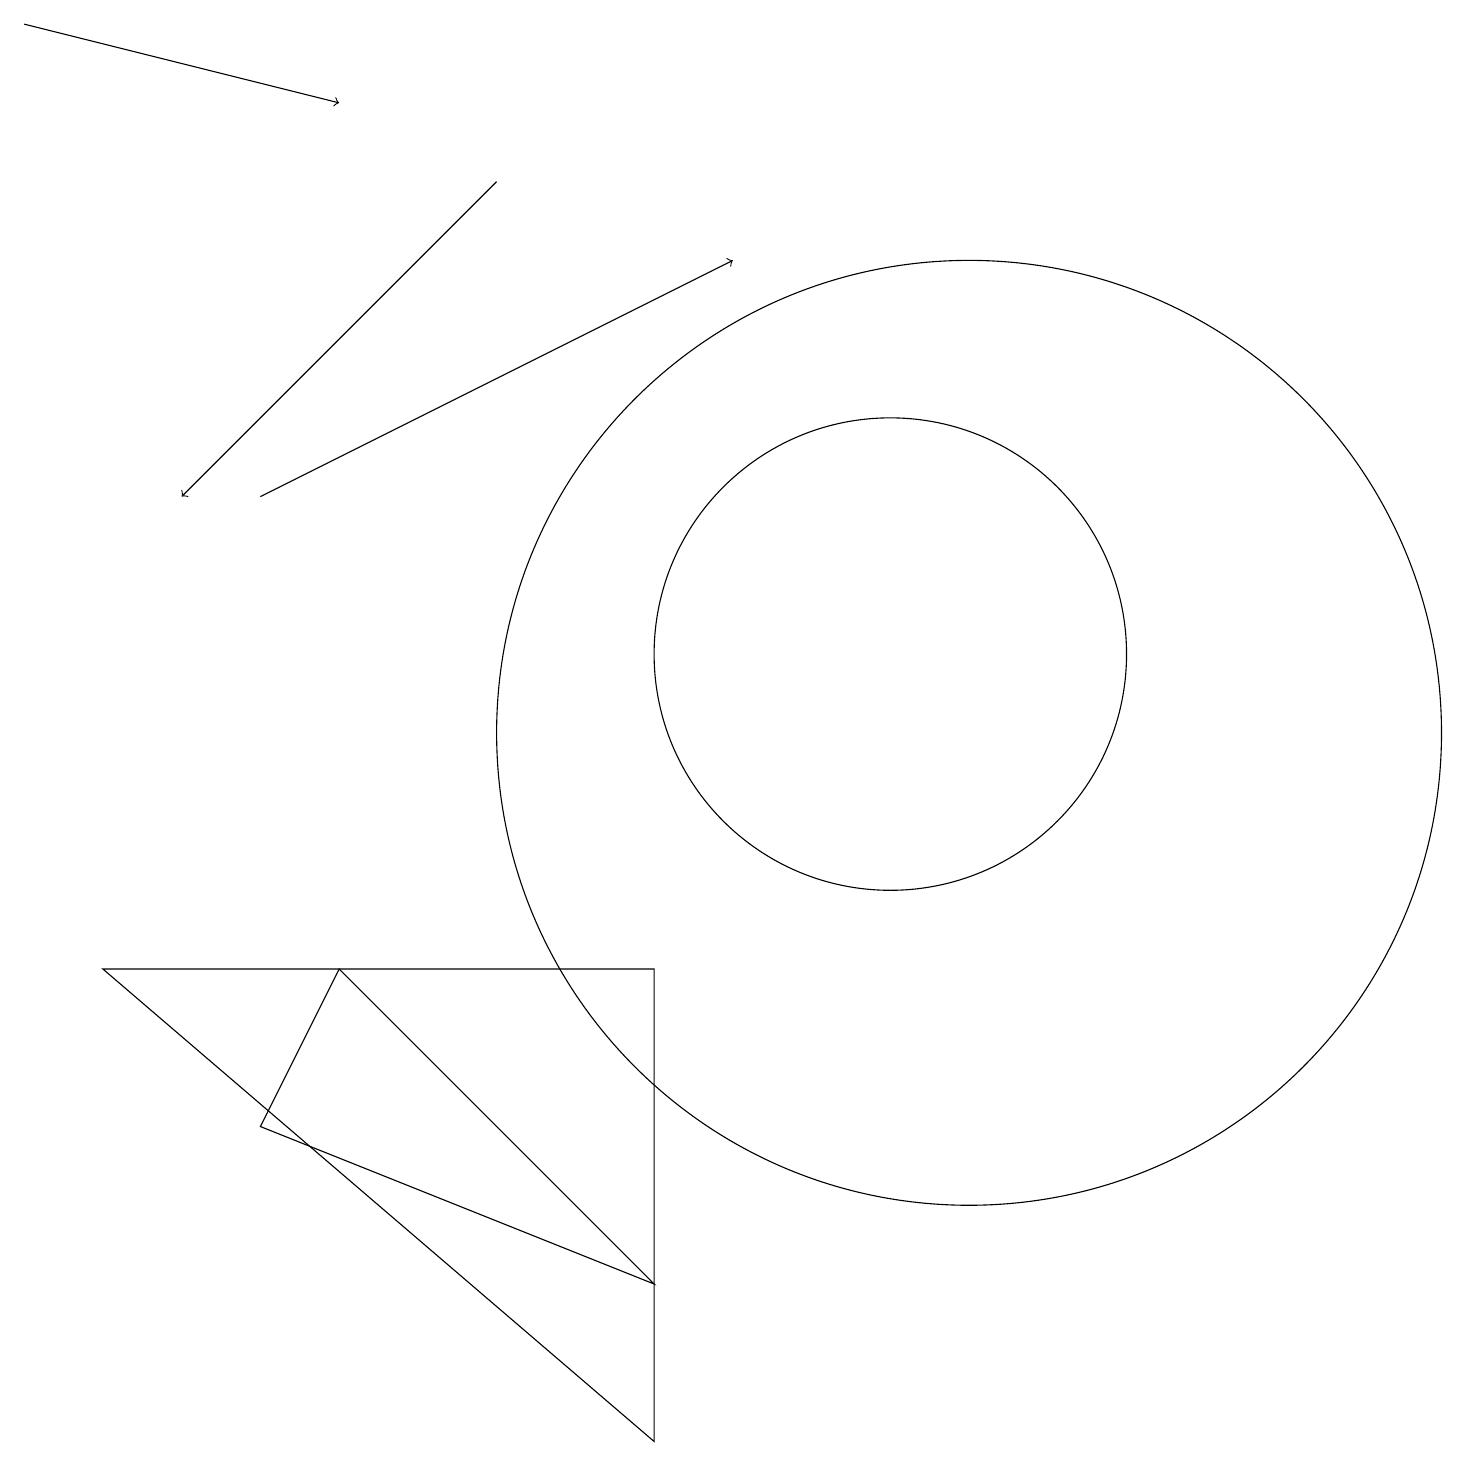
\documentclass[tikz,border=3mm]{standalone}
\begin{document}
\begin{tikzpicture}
\draw (12,10) circle (6);
\draw (11,11) circle (3);
\draw[->] (6,17) -- (2,13);
\draw (3,5) -- (4,7) -- (8,3) -- cycle;
\draw[->] (3,13) -- (9,16);
\draw[->] (0,19) -- (4,18);
\draw (8,7) -- (8,1) -- (1,7) -- cycle;
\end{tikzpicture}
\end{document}